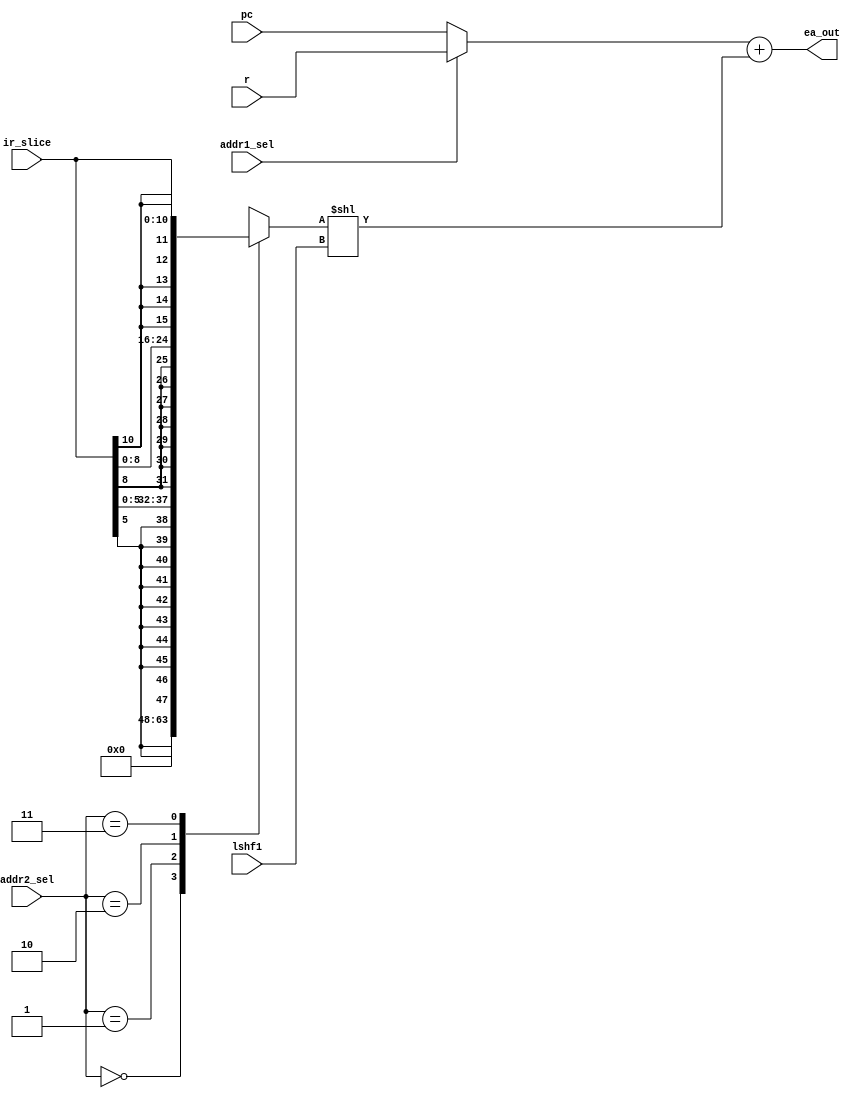
module eab(ir_slice, r, pc, lshf1, addr1_sel, addr2_sel, ea_out);
    input wire addr1_sel, lshf1;
    input wire[1:0] addr2_sel;
    input wire[10:0] ir_slice;
    input wire[15:0] r, pc;

    output wire[15:0] ea_out;

    wire [15:0] mux1net, mux2net;
    wire [15:0] mux2_shf;
    wire [15:0] ir6_ext, ir9_ext, ir11_ext;
    reg [15:0] mux1reg, mux2reg;

    assign mux1net = mux1reg;
    assign mux2net = mux2reg;
    assign mux2_shf = mux2net << lshf1;
    assign ea_out = mux1net + mux2_shf;

    assign ir6_ext  = { {10{ir_slice[5]}},  ir_slice[5:0]};
    assign ir9_ext  = { { 7{ir_slice[8]}},  ir_slice[8:0]};
    assign ir11_ext = { { 5{ir_slice[10]}}, ir_slice[10:0]};

    always @(r or pc or addr1_sel) begin
        if(addr1_sel)
            mux1reg <= r;
        else
            mux1reg <= pc;
    end

    always @(ir6_ext or ir9_ext or ir11_ext or addr2_sel) begin
        case(addr2_sel)
            0: mux2reg <= 16'b0;
            1: mux2reg <= ir6_ext;
            2: mux2reg <= ir9_ext;
            3: mux2reg <= ir11_ext;
        endcase
    end
endmodule